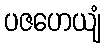
ပဇဟေယျံ